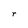
Character: r